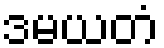
ဒမယတံ